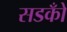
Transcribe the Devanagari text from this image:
सडकोँ